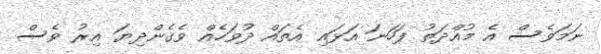
ނަމަވެސް އެ މުއްދަތު ފަހަނަ އަޅައި އެތައް ދުވަހެއް ވެގެންދިޔަ އިރު ވެސް